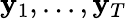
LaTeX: \mathbf{y}_{1},...,\mathbf{y}_{T}